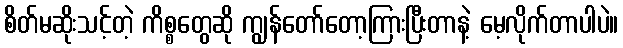
စိတ်မဆိုးသင့်တဲ့ ကိစ္စတွေဆို ကျွန်တော်တော့ကြားပြီးတာနဲ့ မေ့လိုက်တာပါပဲ။